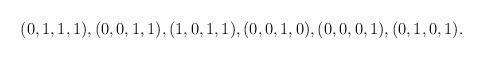
LaTeX: \begin{align*}(0,1,1,1), (0,0,1,1), (1,0,1,1), (0,0,1,0), (0,0,0,1), (0,1,0,1).\end{align*}